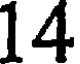
14